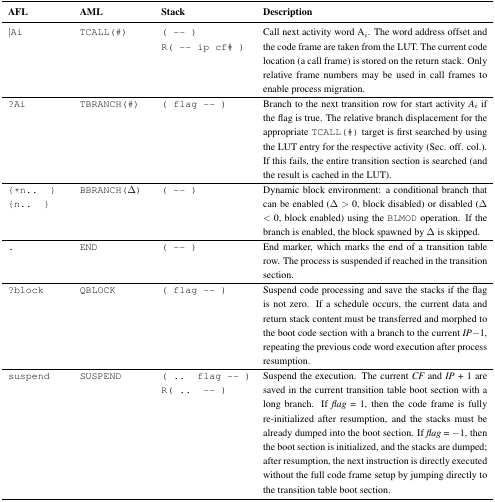
| AFL | AML | Stack | Description |
 | --- | --- | --- | --- |
 | |Ai | TCALL(#) | (--) R(-- ip cf#) | Call next activity word Ai. The word address offset and the code frame are taken from the LUT. The current code location (a call frame) is stored on the return stack. Only relative frame numbers may be used in call frames to enable process migration. |
 | ?Ai | TBRANCH(#) | (flag --) | Branch to the next transition row for start activity Ai if the flag is true. The relative branch displacement for the appropriate TCALL(#) target is first searched by using the LUT entry for the respective activity (Sec. off. col.). If this fails, the entire transition section is searched (and the result is cached in the LUT). |
 | {*n.. } {n.. } | BBRANCH(Δ) | ( -- ) | Dynamic block environment: a conditional branch that can be enabled (Δ > 0, block disabled) or disabled (Δ < 0, block enabled) using the BLMOD operation. If the branch is enabled, the block spawned by Δ is skipped. |
 | . | END | (--) | End marker, which marks the end of a transition table row. The process is suspended if reached in the transition section. |
 | ?block | QBLOCK | (flag --) | Suspend code processing and save the stacks if the flag is not zero. If a schedule occurs, the current data and return stack content must be transferred and morphed to the boot code section with a branch to the current IP − 1, repeating the previous code word execution after process resumption. |
 | suspend | SUSPEND | (.. flag --) R(.. --) | Suspend the execution. The current CF and IP + 1 are saved in the current transition table boot section with a long branch. If flag = 1, then the code frame is fully re-initialized after resumption, and the stacks must be already dumped into the boot section. If flag = −1, then the boot section is initialized, and the stacks are dumped; after resumption, the next instruction is directly executed without the full code frame setup by jumping directly to the transition table boot section. |